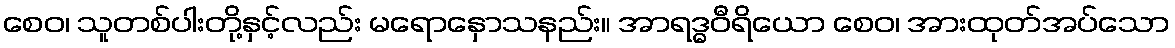
စေဝ၊ သူတစ်ပါးတို့နှင့်လည်း မရောနှောသနည်း။ အာရဒ္ဓဝီရိယော စေဝ၊ အားထုတ်အပ်သော